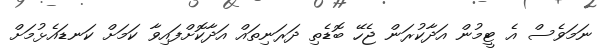
ނަމަވެސް އެ ޓީމުން އަދާކުރަން ޖެހޭ ބޮޑެތި ދަރަނިތައް އަދާކޮށްފައިވާ ކަމަށް ކަނޑައެޅުމަށް